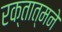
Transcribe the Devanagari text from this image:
रक्तात्मने